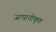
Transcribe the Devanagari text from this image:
जापानीकृत